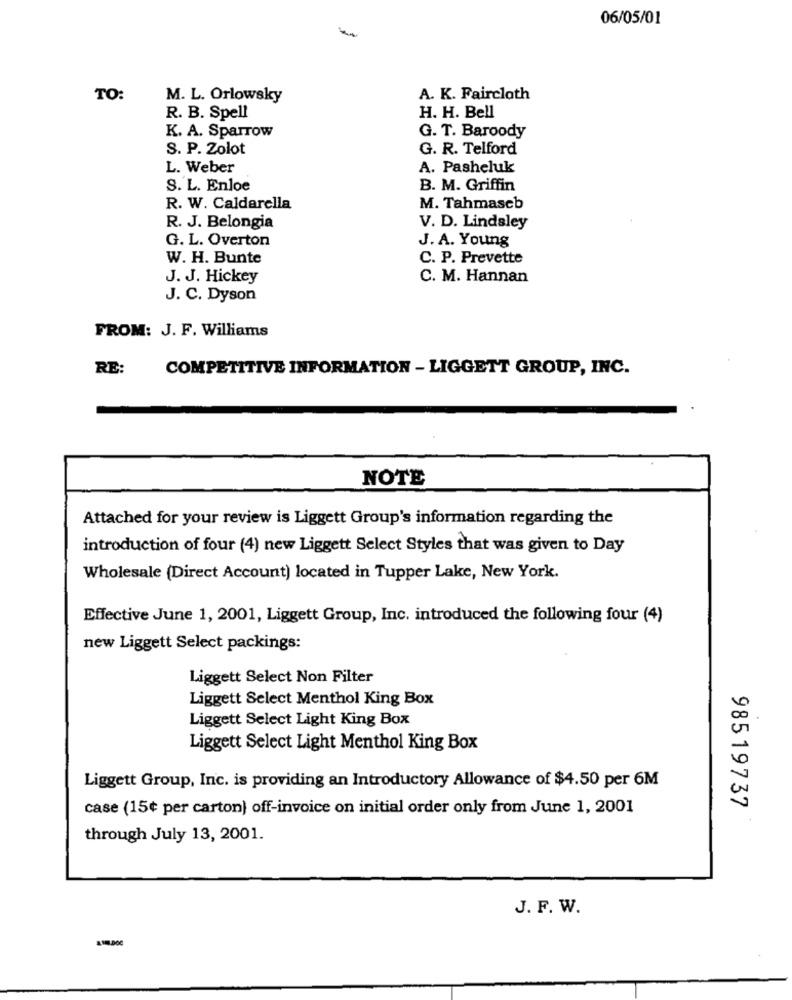
06/05/01
-
TO:
M. L. Orlowsky
A. K. Faircloth
R. B. Spell
H. H. Bell
K. A. Sparrow
G. T. Baroody
S. P. Zolot
G. R. Telford
L. Weber
A. Pasheluk
S. L. Enloe
B. M. Griffin
R. W. Caldarella
M. Tahmascb
R. J. Belongia
V. D. Lindaley
G. L. Overton
J. A. Young
W. H. Bunte
C. P. Prevette
J. J. Hickey
C. M. Hannan
J. C. Dyson
FROM: J. F. Williams
RE:
COMPETITIVE INFORMATION - LIGGETT GROUP, INC.
NOTE
Attached for your review is Liggett Group's information regarding the
introduction of four (4) new Liggett Select Styles that was given to Day
Wholesale (Direct Account) located in Tupper Lake, New York.
Effective June 1, 2001, Liggett Group, Inc. introduced the following four (4)
new Liggett Select packings:
Liggett Select Non Filter
Liggett Select Menthol King Box
Liggett Select Light King Box
Liggett Select Light Menthol King Box
Liggett Group, Inc. is providing an Introductory Allowance of $4.50 per 6M
case (15¢ per carton) off-invoice on initial order only from June 1, 2001
98519737
through July 13, 2001.
J. F. W.